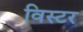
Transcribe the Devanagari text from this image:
विस्टर